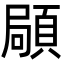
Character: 𩓛